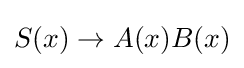
S(x)\to A(x)B(x)